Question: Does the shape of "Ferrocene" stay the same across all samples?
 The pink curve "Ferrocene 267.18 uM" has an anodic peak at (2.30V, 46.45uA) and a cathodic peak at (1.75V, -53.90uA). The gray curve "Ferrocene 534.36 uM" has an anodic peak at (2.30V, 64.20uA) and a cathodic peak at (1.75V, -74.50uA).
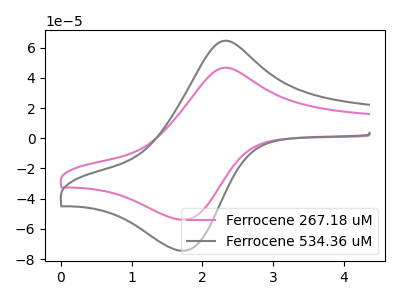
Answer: <think>All the peaks in "Ferrocene 267.18 uM" have a peak in "Ferrocene 534.36 uM" at the same potential. Every peak in "Ferrocene 267.18 uM" is lower than every peak in "Ferrocene 534.36 uM".
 </think>
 <answer>All the CV's of "Ferrocene" have similar shape.</answer>
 <eval>follow_rule</eval>